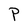
Character: P